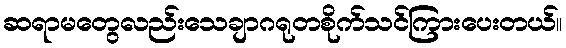
ဆရာမတွေလည်းသေချာဂရုတစိုက်သင်ကြားပေးတယ်။